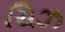
ચિઝ